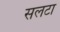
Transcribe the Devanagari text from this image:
सलटा